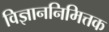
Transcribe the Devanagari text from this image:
विज्ञाननिमित्तक